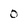
Character: 0